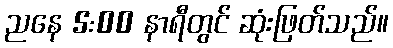
ညနေ 5:00 နာရီတွင် ဆုံးဖြတ်သည်။